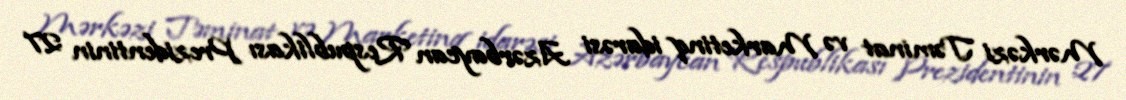
Mərkəzi Təminat və Marketinq idarəsi Azərbaycan Respublikası Prezidentinin 27